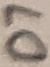
Text: D7